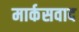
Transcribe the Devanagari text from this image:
मार्कसवाद